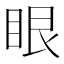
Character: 眼